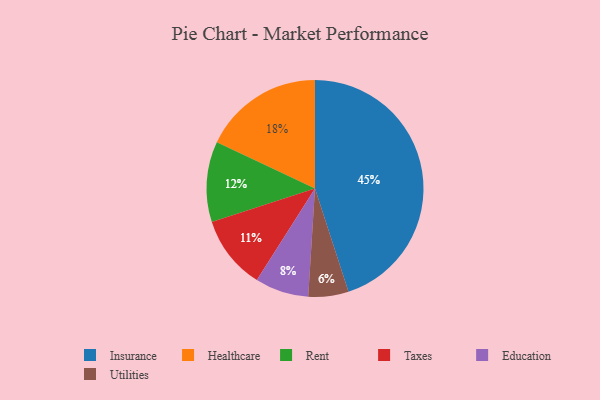
{"axis": {"x": "Category", "y": "Percentage"}, "legend": ["Education", "Healthcare", "Insurance", "Rent", "Taxes", "Utilities"], "data": [{"x": "Education", "y": 8, "type": "Education"}, {"x": "Taxes", "y": 11, "type": "Taxes"}, {"x": "Healthcare", "y": 18, "type": "Healthcare"}, {"x": "Rent", "y": 12, "type": "Rent"}, {"x": "Utilities", "y": 6, "type": "Utilities"}, {"x": "Insurance", "y": 45, "type": "Insurance"}]}